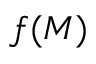
f ( M )